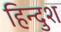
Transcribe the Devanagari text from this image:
हिन्दुश